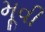
મૂવી